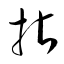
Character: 拈